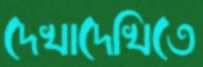
দেখাদেখিতে